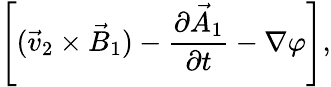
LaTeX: \left[(\vec{v}_{2}\times\vec{B}_{1})-\frac{\partial\vec{A}_{1}}{\partial t}-\nabla\varphi\right],